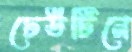
ঢেউটিনে